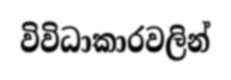
විවිධාකාරවලින්